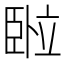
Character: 𬛦